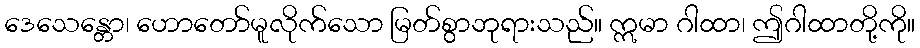
ဒေသေန္တော၊ ဟောတော်မူလိုက်သော မြတ်စွာဘုရားသည်။ ဣမာ ဂါထာ၊ ဤဂါထာတို့ကို။